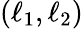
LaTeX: (\ell_{1},\ell_{2})